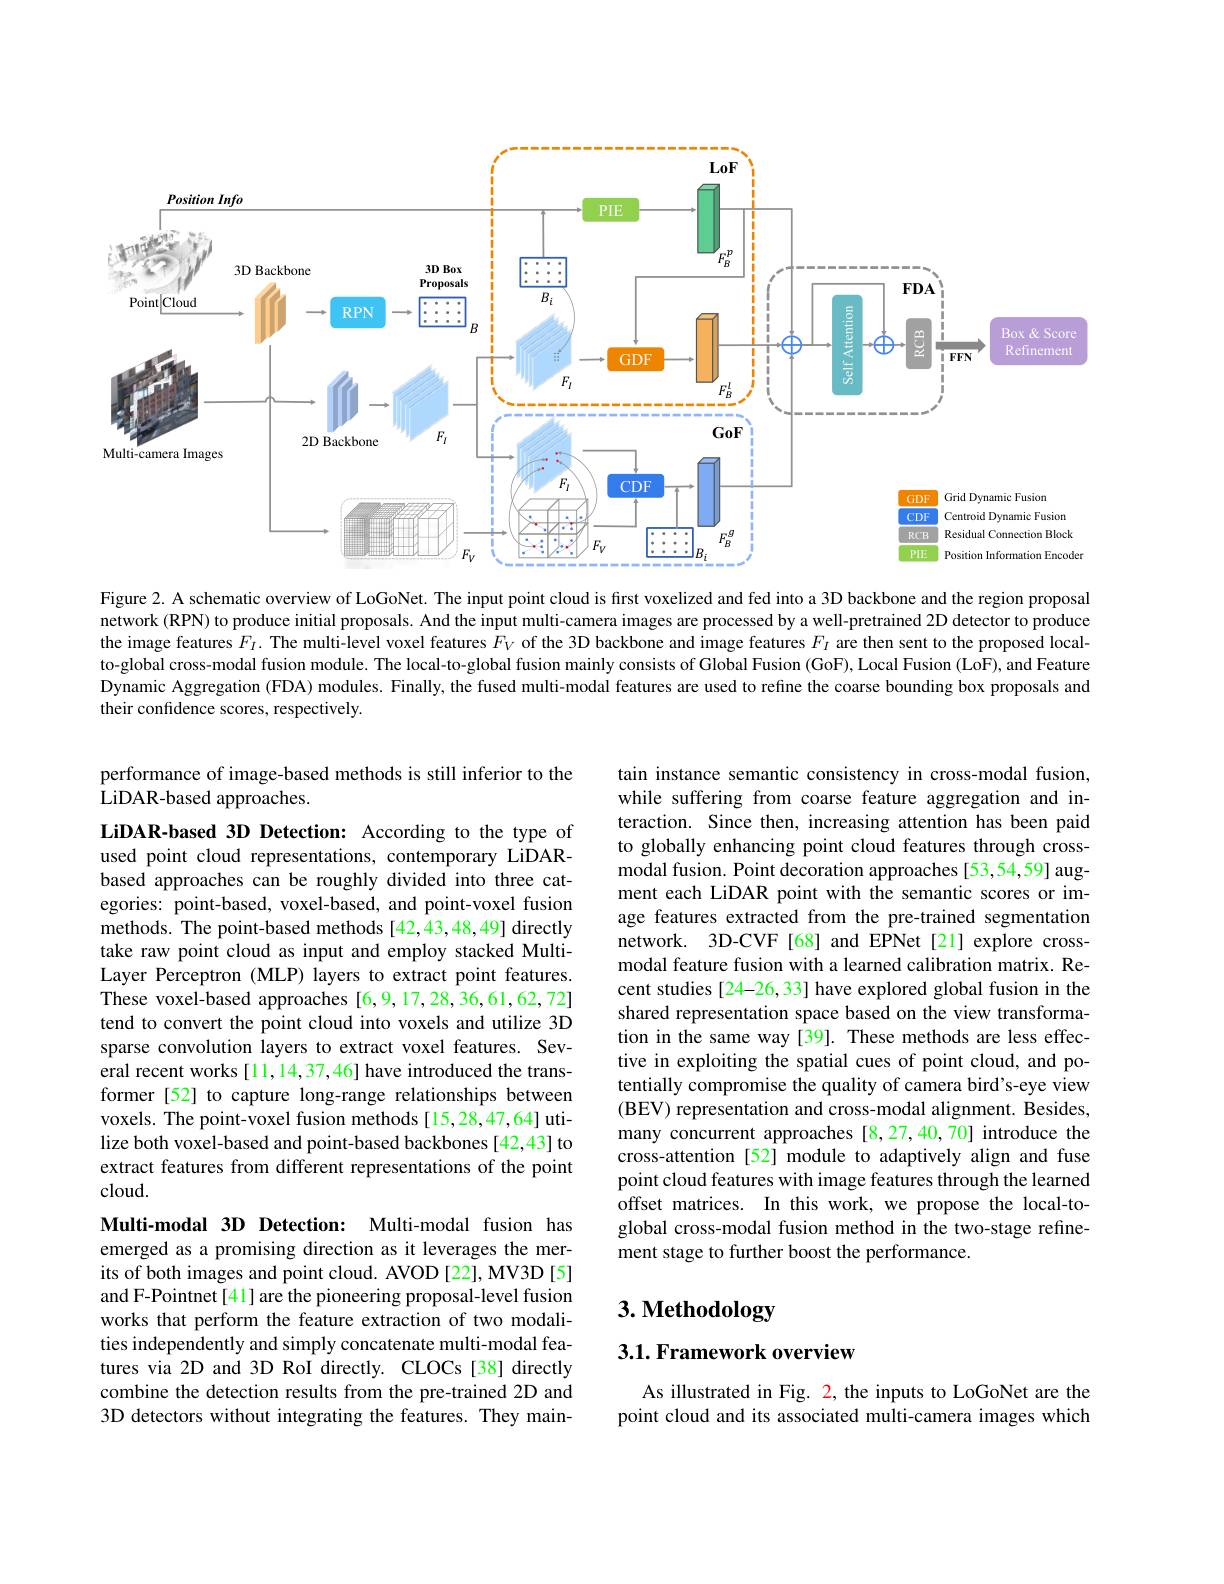
<FigureHere>

Figure 2. A schematic overview of LoGoNet. The input point cloud is first voxelized and fed into a 3D backbone and the region proposal network (RPN) to produce initial proposals. And the input multi-camera images are processed by a well-pretrained 2D detector to produce the image features $F_I.$ The multi-level voxel features $F_{V}$ of the 3D backbone and image features $F_{I}$ are then sent to the proposed localto-global cross-modal fusion module. The local-to-global fusion mainly consists of Global Fusion (GoF), Local Fusion (LoF), and Feature Dynamic Aggregation (FDA) modules. Finally, the fused multi-modal features are used to refine the coarse bounding box proposals and their confidence scores, respectively.

performance of image-based methods is still inferior to the
LiDAR-based approaches.

tain instance semantic consistency in cross-modal fusion, while suffering from coarse feature aggregation and interaction. Since then, increasing attention has been paid to globally enhancing point cloud features through crossmodal fusion. Point decoration approaches [53,54,59] augment each LiDAR point with the semantic scores or image features extracted from the pre-trained segmentation network. 3D-CVF [68] and EPNet[21] explore crossmodal feature fusion with a learned calibration matrix. Recent studies [24-26,33] have explored global fusion in the shared representation space based on the view transformation in the same way [39]. These methods are less effective in exploiting the spatial cues of point cloud, and potentially compromise the quality of camera bird's-eye view (BEV) representation and cross- modal alignment. Besides, many concurrent approaches [8,27,40,70] introduce the cross-attention [52] module to adaptively align and fuse point cloud features with image features through the learned offset matrices. In this work, we propose the local-toglobal cross-modal fusion method in the two-stage refinement stage to further boost the performance.

LiDAR-based 3D Detection: According to the type of used point cloud representations, contemporary LiDARbased approaches can be roughly divided into three categories: point-based, voxel-based, and point-voxel fusion methods. The point-based methods [42,43,48,49] directly take raw point cloud as input and employ stacked MultiLayer Perceptron (MLP) layers to extract point features. These voxel-based approaches [6,9,17,28,36,61,62,72] tend to convert the point cloud into voxels and utilize 3D sparse convolution layers to extract voxel features. Several recent works [11,14,37,46] have introduced the transformer [52] to capture long-range relationships between voxels. The point-voxel fusion methods[15,28,47,64] utilize both voxel-based and point-based backbones [42,43] to extract features from different representations of the point cloud.

# 3. Methodology

Multi-modal 3D Detection: Multi-modal fusion has emerged as a promising direction as it leverages the merits of both images and point cloud. AVOD [22], MV3D [5] and F-Pointnet[41] are the pioneering proposal-level fusion works that perform the feature extraction of two modalities independently and simply concatenate multi-modal features via 2D and 3D RoI directly. CLOCs[38] directly combine the detection results from the pre-trained 2D and 3D detectors without integrating the features. They main-

3.1. Framework overview

As illustrated in Fig. 2, the inputs to LoGoNet are the point cloud and its associated multi-camera images which